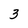
Character: 3